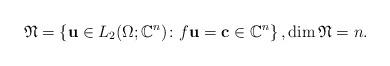
LaTeX: \begin{align*}\mathfrak{N} = \left\lbrace \mathbf{u} \in L_2 (\Omega; \mathbb{C}^n) \colon f \mathbf{u} = \mathbf{c} \in \mathbb{C}^n \right\rbrace, \dim \mathfrak{N} = n.\end{align*}